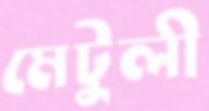
মেটুলী